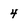
Character: 4